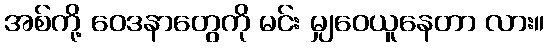
အစ်ကို့ ဝေဒနာတွေကို မင်း မျှဝေယူနေတာ လား။